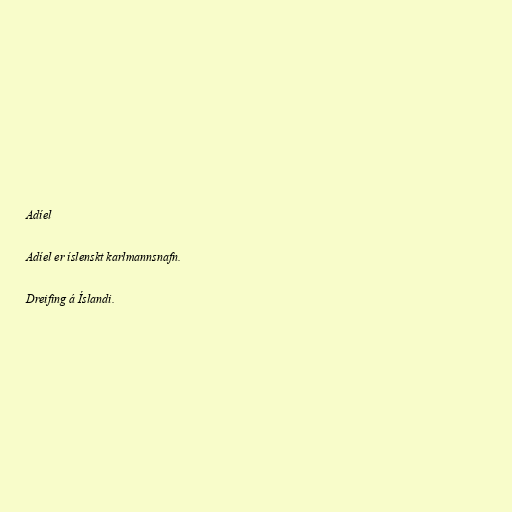
Adíel

Adíel er íslenskt karlmannsnafn.

Dreifing á Íslandi.